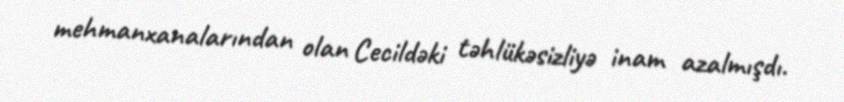
mehmanxanalarından olan Cecildəki təhlükəsizliyə inam azalmışdı.